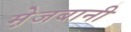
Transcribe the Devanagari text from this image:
मे़जबानी